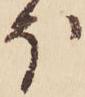
ほ